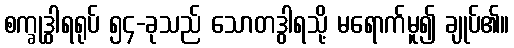
စက္ခုဒွါရရုပ် ၅၄-ခုသည် သောတဒွါရသို့ မရောက်မူ၍ ချုပ်၏။